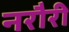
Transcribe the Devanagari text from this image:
नरौरी